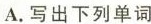
A.写出下列单词